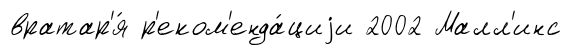
вратар'я́ р'еком'енда́циjи 2002 Малл'инс